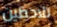
تلاحظين